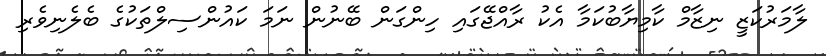
ލާމަރުކަޒީ ނިޒާމް ކާމިޔާބުކަމާ އެކު ރާއްޖޭގައި ހިންގަން ބޭނުން ނަމަ ކައުންސިލްތަކުގެ ބެލެނިވެރި